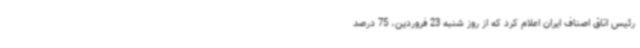
رئیس اتاق اصناف ایران اعلام کرد که از روز شنبه 23 فروردین، 75 درصد